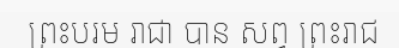
ព្រះបរម រាជា បាន សព្វ ព្រះរាជ